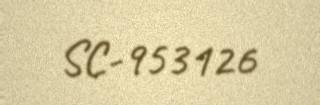
SC-953126